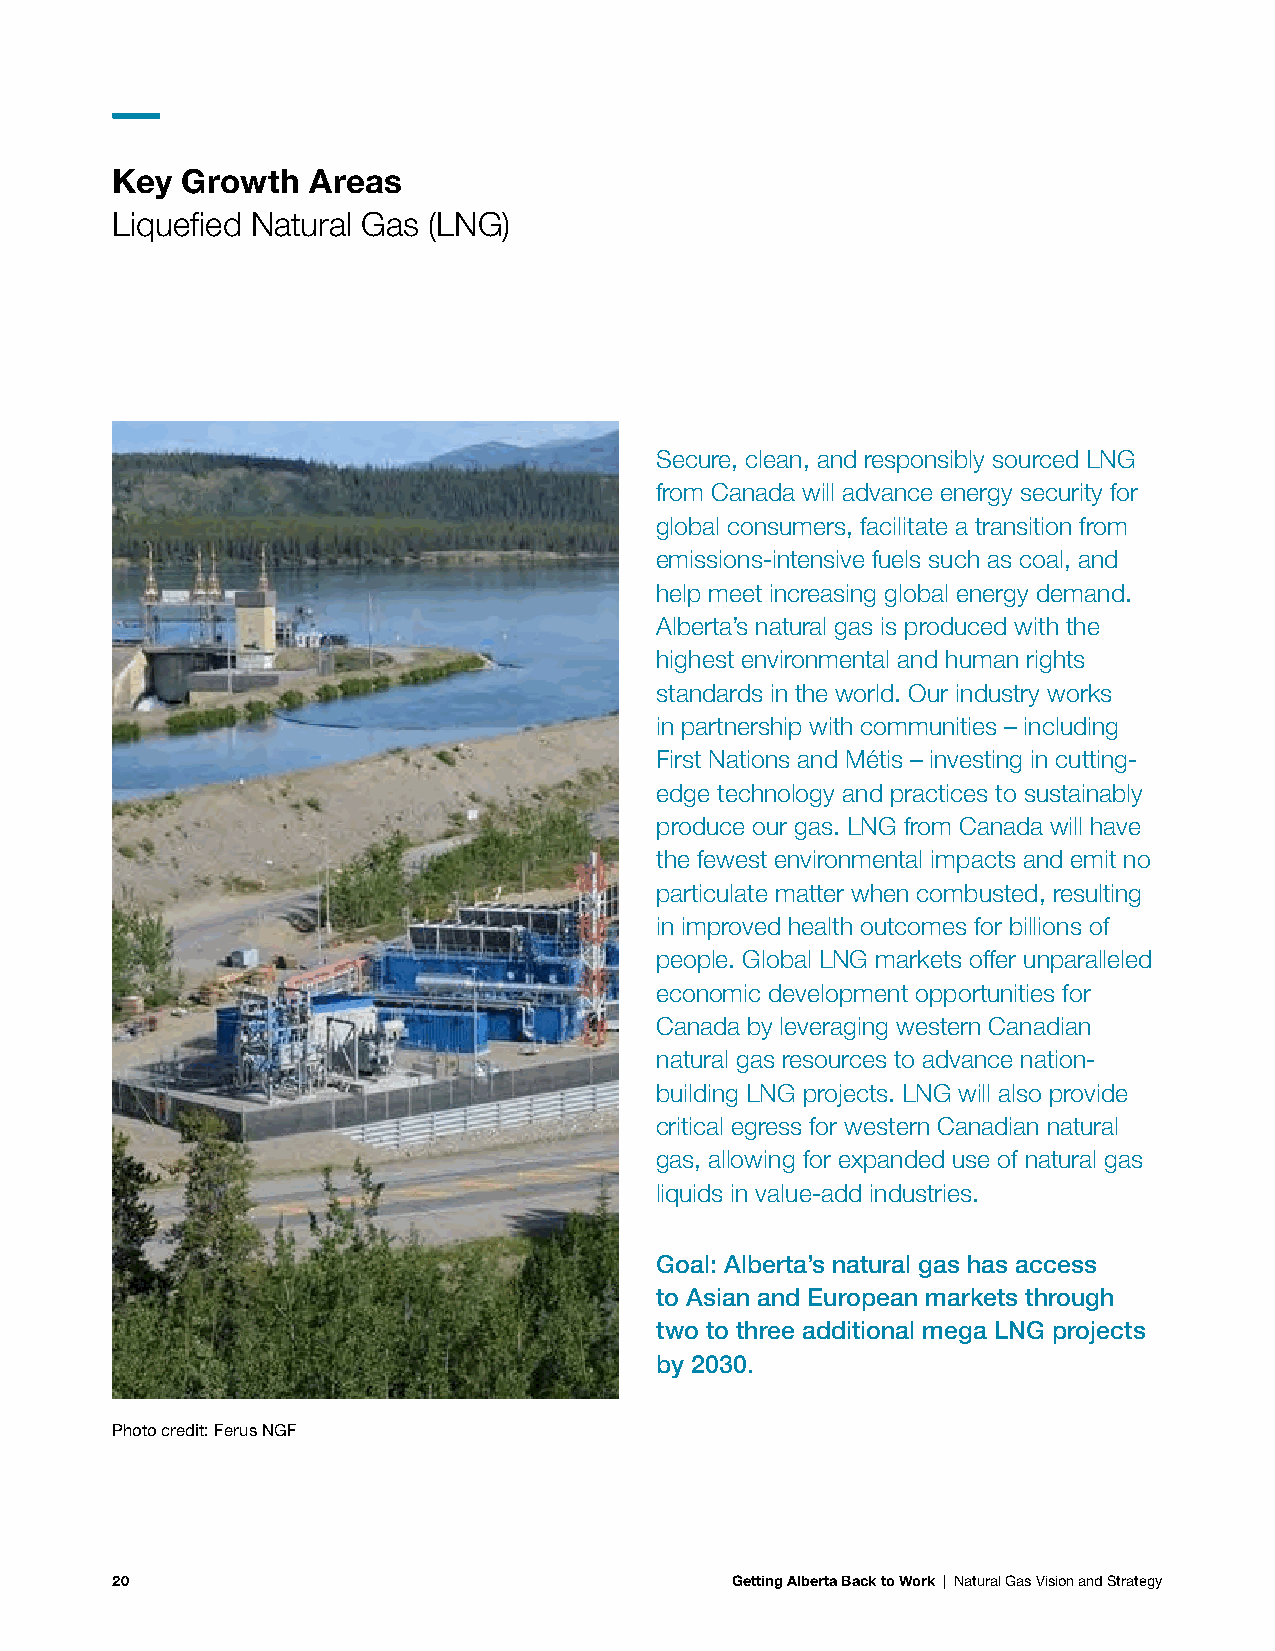
Key  Growth  Areas
 Liquefied Natural Gas (LNG)
 Secure, clean, and responsibly sourced LNG
 from Canada will advance energy security for
 global consumers, facilitate a transition from
 emissions-intensive fuels such as coal, and
 help meet increasing global energy demand.
 Alberta’s natural gas is produced with the
 highest environmental and human rights
 standards in the world. Our industry works
 in partnership with communities – including
 First Nations and Métis – investing in cutting-
 edge technology and practices to sustainably
 produce our gas. LNG from Canada will have
 the fewest environmental impacts and emit no
 particulate matter when combusted, resulting
 in improved health outcomes for billions of
 people. Global LNG markets offer unparalleled
 economic development opportunities for
 Canada by leveraging western Canadian
 natural gas resources to advance nation-
 building LNG projects. LNG will also provide
 critical egress for western Canadian natural
 gas, allowing for expanded use of natural gas
 liquids in value-add industries.
 Goal: Alberta’s natural gas has access
 to Asian and European markets through
 two to three additional mega LNG projects
 by 2030.
 Photo credit: Ferus NGF
 20                                       Getting Alberta Back to Work | Natural Gas Vision and Strategy